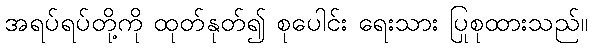
အရပ်ရပ်တို့ကို ထုတ်နုတ်၍ စုပေါင်း ရေးသား ပြုစုထားသည်။